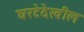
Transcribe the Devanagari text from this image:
घरटेदेखील